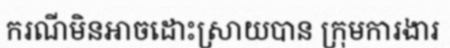
ករណីមិនអាចដោះស្រាយបាន ក្រុមការងារ